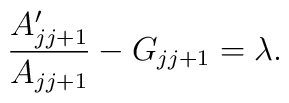
{ A\sp\prime_{jj+1}\over  A_{jj+1}}-G_{jj+1}=\lambda.